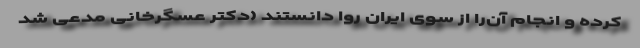
کرده و انجام آن‌را از سوی ایران روا دانستند (دکتر عسگرخانی مدّعی شد